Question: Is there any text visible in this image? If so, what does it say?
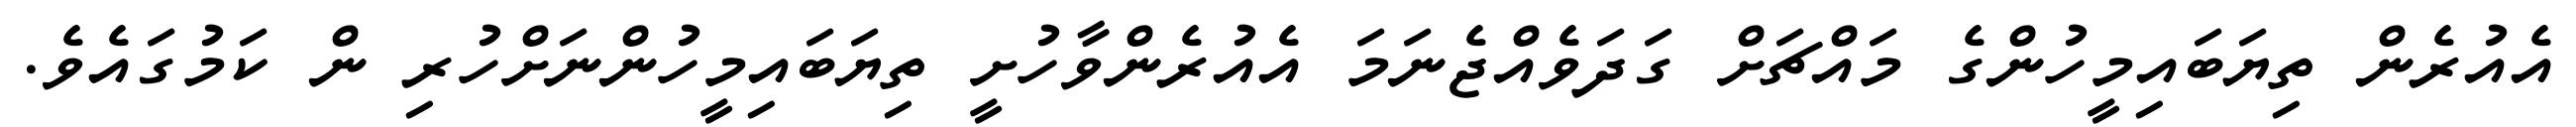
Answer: އެއުރެން ތިޔަބައިމީހުންގެ މައްޗަށް ގަދަވެއްޖެނަމަ އެއުރެންވާހުށީ ތިޔަބައިމީހުންނަށްހުރި ން ކަމުގައެވެ.